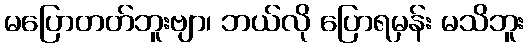
မပြောတတ်ဘူးဗျာ၊ ဘယ်လို ပြောရမှန်း မသိဘူး